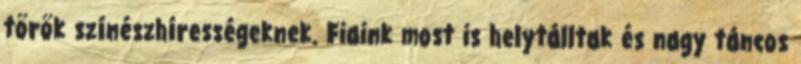
török színészhírességeknek. Fiaink most is helytálltak és nagy táncos